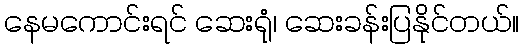
နေမကောင်းရင် ဆေးရုံ၊ ဆေးခန်းပြနိုင်တယ်။